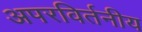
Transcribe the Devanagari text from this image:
अपरविर्तनीय